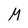
Character: M